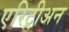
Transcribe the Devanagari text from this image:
एरिट्रीअन